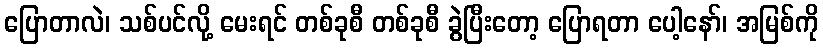
ပြောတာလဲ၊ သစ်ပင်လို့ မေးရင် တစ်ခုစီ တစ်ခုစီ ခွဲပြီးတော့ ပြောရတာ ပေါ့နော်၊ အမြစ်ကို